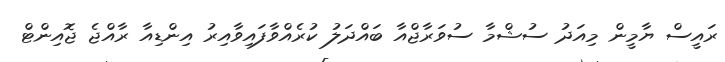
ރައީސް ޔާމީން މިއަދު ސުޝްމާ ސުވަރާޖްއާ ބައްދަލު ކުރެއްވާފައިވާއިރު އިންޑިއާ ރާއްޖެ ޖޮއިންޓް